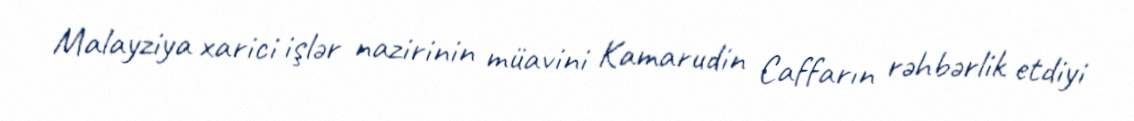
Malayziya xarici işlər nazirinin müavini Kamarudin Caffarın rəhbərlik etdiyi